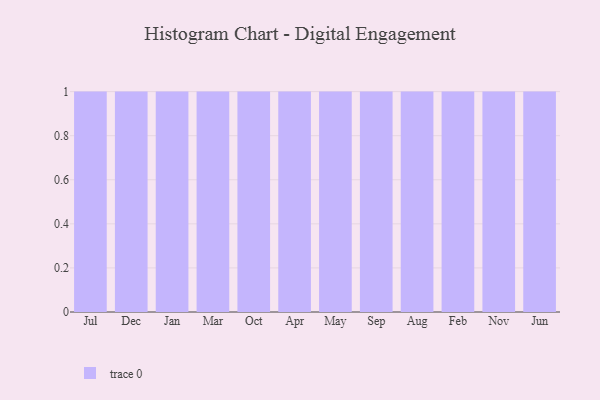
{"axis": {"x": "Month", "y": "Net Income (USD K)"}, "legend": [""], "data": [{"x": "Jul", "y": 53, "type": ""}, {"x": "Dec", "y": 34, "type": ""}, {"x": "Jan", "y": 88, "type": ""}, {"x": "Mar", "y": 34, "type": ""}, {"x": "Oct", "y": 65, "type": ""}, {"x": "Apr", "y": 90, "type": ""}, {"x": "May", "y": 21, "type": ""}, {"x": "Sep", "y": 9, "type": ""}, {"x": "Aug", "y": 84, "type": ""}, {"x": "Feb", "y": 62, "type": ""}, {"x": "Nov", "y": 45, "type": ""}, {"x": "Jun", "y": 23, "type": ""}]}